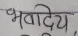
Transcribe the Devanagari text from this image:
भवदिय